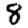
Digit: 8